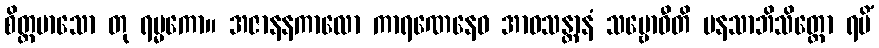
စိတ္တမာသော တု ရမ္မကော။ အဇာနနကာလော ကာရဏေနေဝ အာဝသန္တာနံ သမ္ဗောဓီတိ မနသာဘိသိတ္တော ရမိံ